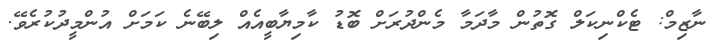
ނާޒިމް: ޓެކްނިކަލް ގޮތުން މާދަމާ މެންދުރަށް ބޮޑު ކާމިޔާބީއެއް ލިބޭނެ ކަމަށް އުންމީދުކުރެވޭ.